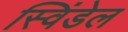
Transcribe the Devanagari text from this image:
स्विंडेल